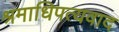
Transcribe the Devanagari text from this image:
श्रमाधिपत्यवाद